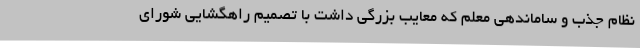
نظام جذب و ساماندهی معلم که معایب بزرگی داشت با تصمیم راهگشایی شورای